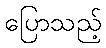
ပြောသည့်